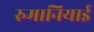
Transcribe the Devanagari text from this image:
रुमानियाई